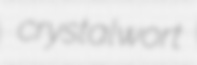
crystalwort